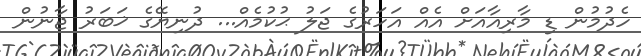
ހެދުމުން ޑި މާރިއާއަށް އެއް އަހަރުގެ ޖަލު ޙުކުމެއް... ދުނިޔޭގެ ޚަބަރު ޖާނުން